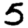
Digit: 5